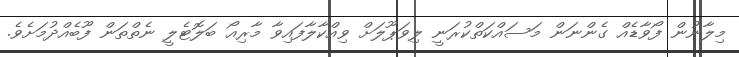
މިލާނުން ފޯވާޑެއް ގެންނަން މަސައްކަތްކުރަނީ ލިވަޕޫލަށް ވިއްކާލާފައިވާ މާރިއޯ ބަލޮޓެލީ ނެތްތަން ފޫބެއްދުމަށެވެ.